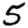
Digit: 5